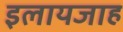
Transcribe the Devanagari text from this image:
इलायजाह